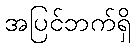
အပြင်ဘက်ရှိ